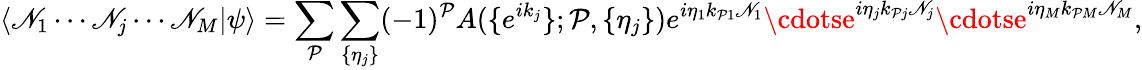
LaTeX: \langle\mathscr{N}_{1}\cdots\mathscr{N}_{j}\cdots\mathscr{N}_{M}|\psi\rangle=\sum_{\mathcal{{P}}}\sum_{\{ \eta_{j}\} }(-1)^{\mathcal{{P}}}A(\{ e^{ik_{j}}\} ;\mathcal{{P}},\{ \eta_{j}\} )e^{i\eta_{1}k_{\mathcal{{P}}1}\mathscr{N}_{1}}\cdotse^{i\eta_{j}k_{\mathcal{{P}}j}\mathscr{N}_{j}}\cdotse^{i\eta_{M}k_{\mathcal{{P}}M}\mathscr{N}_{M}},